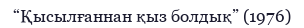
“Қысылғаннан қыз болдық” (1976)